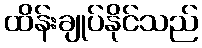
ထိန်းချုပ်နိုင်သည်